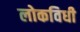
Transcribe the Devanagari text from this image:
लोकविधी